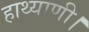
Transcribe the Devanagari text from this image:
हाथ्याणी।